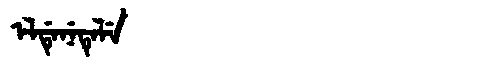
Manchu: ᡝᠯᡩᡝᠨᡝᡨᡝᠯᡝ
Romanization: ELDENETELE